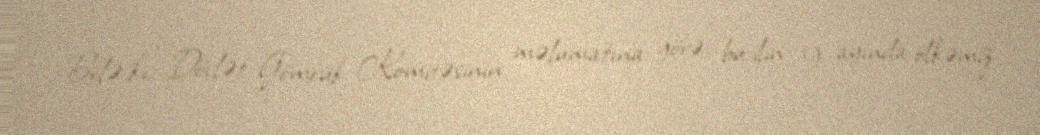
Belə ki, Dövlət Gömrük Komitəsinin məlumatına görə, bu ilin 9 ayında ölkəmiz